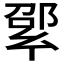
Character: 𢇊